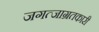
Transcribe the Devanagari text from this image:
जगत्जाग्रतकारी